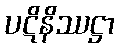
ပဋိနိဿဋ္ဌာ